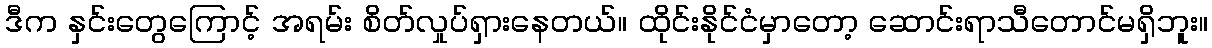
ဒီက နှင်းတွေကြောင့် အရမ်း စိတ်လှုပ်ရှားနေတယ်။ ထိုင်းနိုင်ငံမှာတော့ ဆောင်းရာသီတောင်မရှိဘူး။